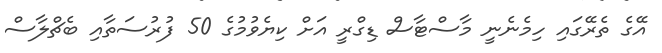
އޭގެ ތެރޭގައި ހިމެނެނީ މާސްޓާސް ޑިގްރީ އަށް ކިޔެވުމުގެ 50 ފުރުސަތާއި ބެޗްލާސް